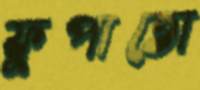
ফুপাতো